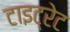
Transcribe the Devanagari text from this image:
टाइट्रेट